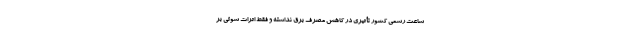
ساعت رسمی کشور تأثیری در کاهش مصرف برق نداشته و فقط اثرات سوئی بر